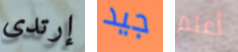
إرتدى جيد أعلم